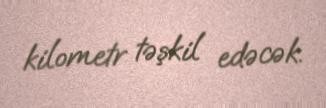
kilometr təşkil edəcək.